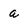
Character: a